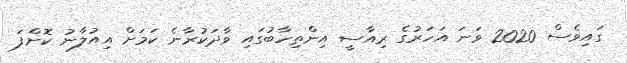
ގައިވެސް 2020 ވަނަ އަހަރުގެ ރިއާސީ އިންތިހާބުގައި ވާދަކުރާނެ ކަމަށް އިއުލާނު ކޮށްފަ